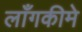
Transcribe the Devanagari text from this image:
लाँगकीमे